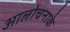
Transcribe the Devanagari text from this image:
आलोचनाके